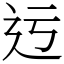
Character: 迃